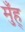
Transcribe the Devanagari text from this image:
मुँह्